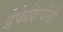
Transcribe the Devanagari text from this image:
डेफेशियेंसी